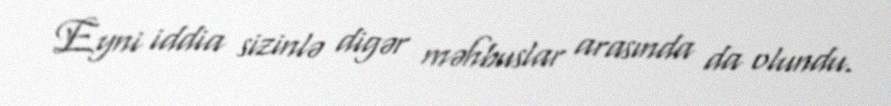
Eyni iddia sizinlə digər məhbuslar arasında da olundu.